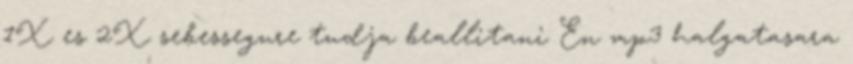
1X es 2X sebessegure tudja beallitani En mp3 halgatasara